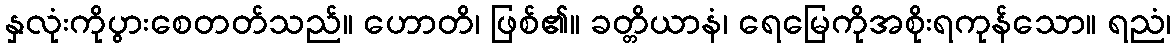
နှလုံးကိုပွားစေတတ်သည်။ ဟောတိ၊ ဖြစ်၏။ ခတ္တိယာနံ၊ ရေမြေကိုအစိုးရကုန်သော။ ရညံ၊